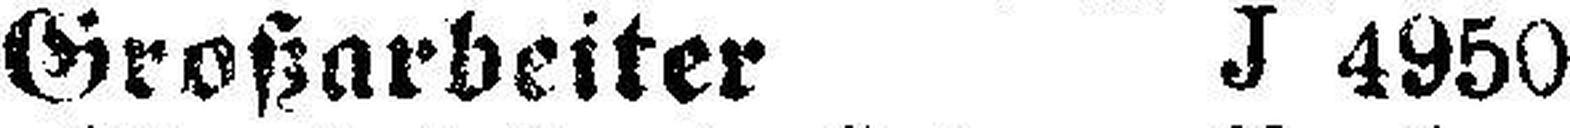
Großarbeiter J 4950